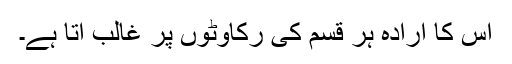
اس کا ارادہ ہر قسم کی رکاوٹوں پر غالب آتا ہے۔